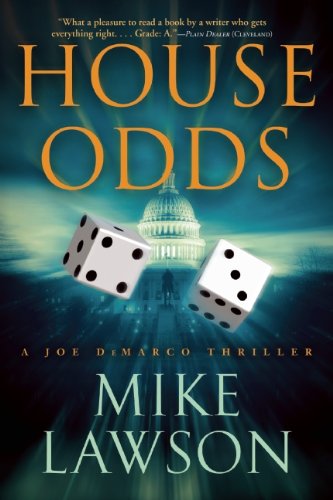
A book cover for House Odds: A Joe DeMarco Thriller (Joe DeMarco Thrillers); Mike Lawson; Mystery, Thriller & Suspense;